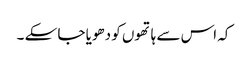
کہ اس سے ہاتھوں کو دھویا جا سکے ۔